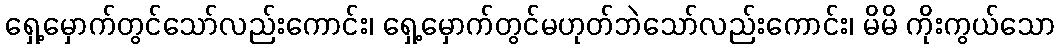
ရှေ့မှောက်တွင်သော်လည်းကောင်း၊ ရှေ့မှောက်တွင်မဟုတ်ဘဲသော်လည်းကောင်း၊ မိမိ ကိုးကွယ်သော